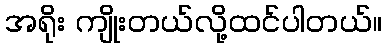
အရိုး ကျိုးတယ်လို့ထင်ပါတယ်။